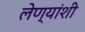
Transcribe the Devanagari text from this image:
लेण्यांशी